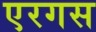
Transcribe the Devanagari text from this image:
एरगस